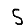
Digit: 5